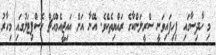
މި ހާދިސާގައި ފިހިފައިވަނީ ސްރީލަންކާގެ ރައްޔިތެކެވެ. އޭނާ އަށް އައިޖީއެމްއެޗް ހޮސްޕިޓަލުގައި މިހާރު